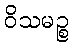
ဝိသမဉ္စ